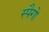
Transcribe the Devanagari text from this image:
स्पैगो